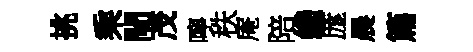
挑乘閜茂嚀秩庵陪纔庬晨篇